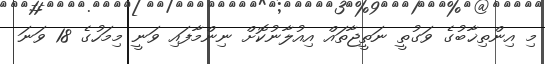
މި އިންތިޚާބުގެ ވަގުތީ ނަތީޖާތައް އިއުލާނުކޮށް ނިންމާފައި ވަނީ މިމަހުގެ 18 ވަނަ